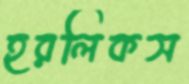
হরলিকস